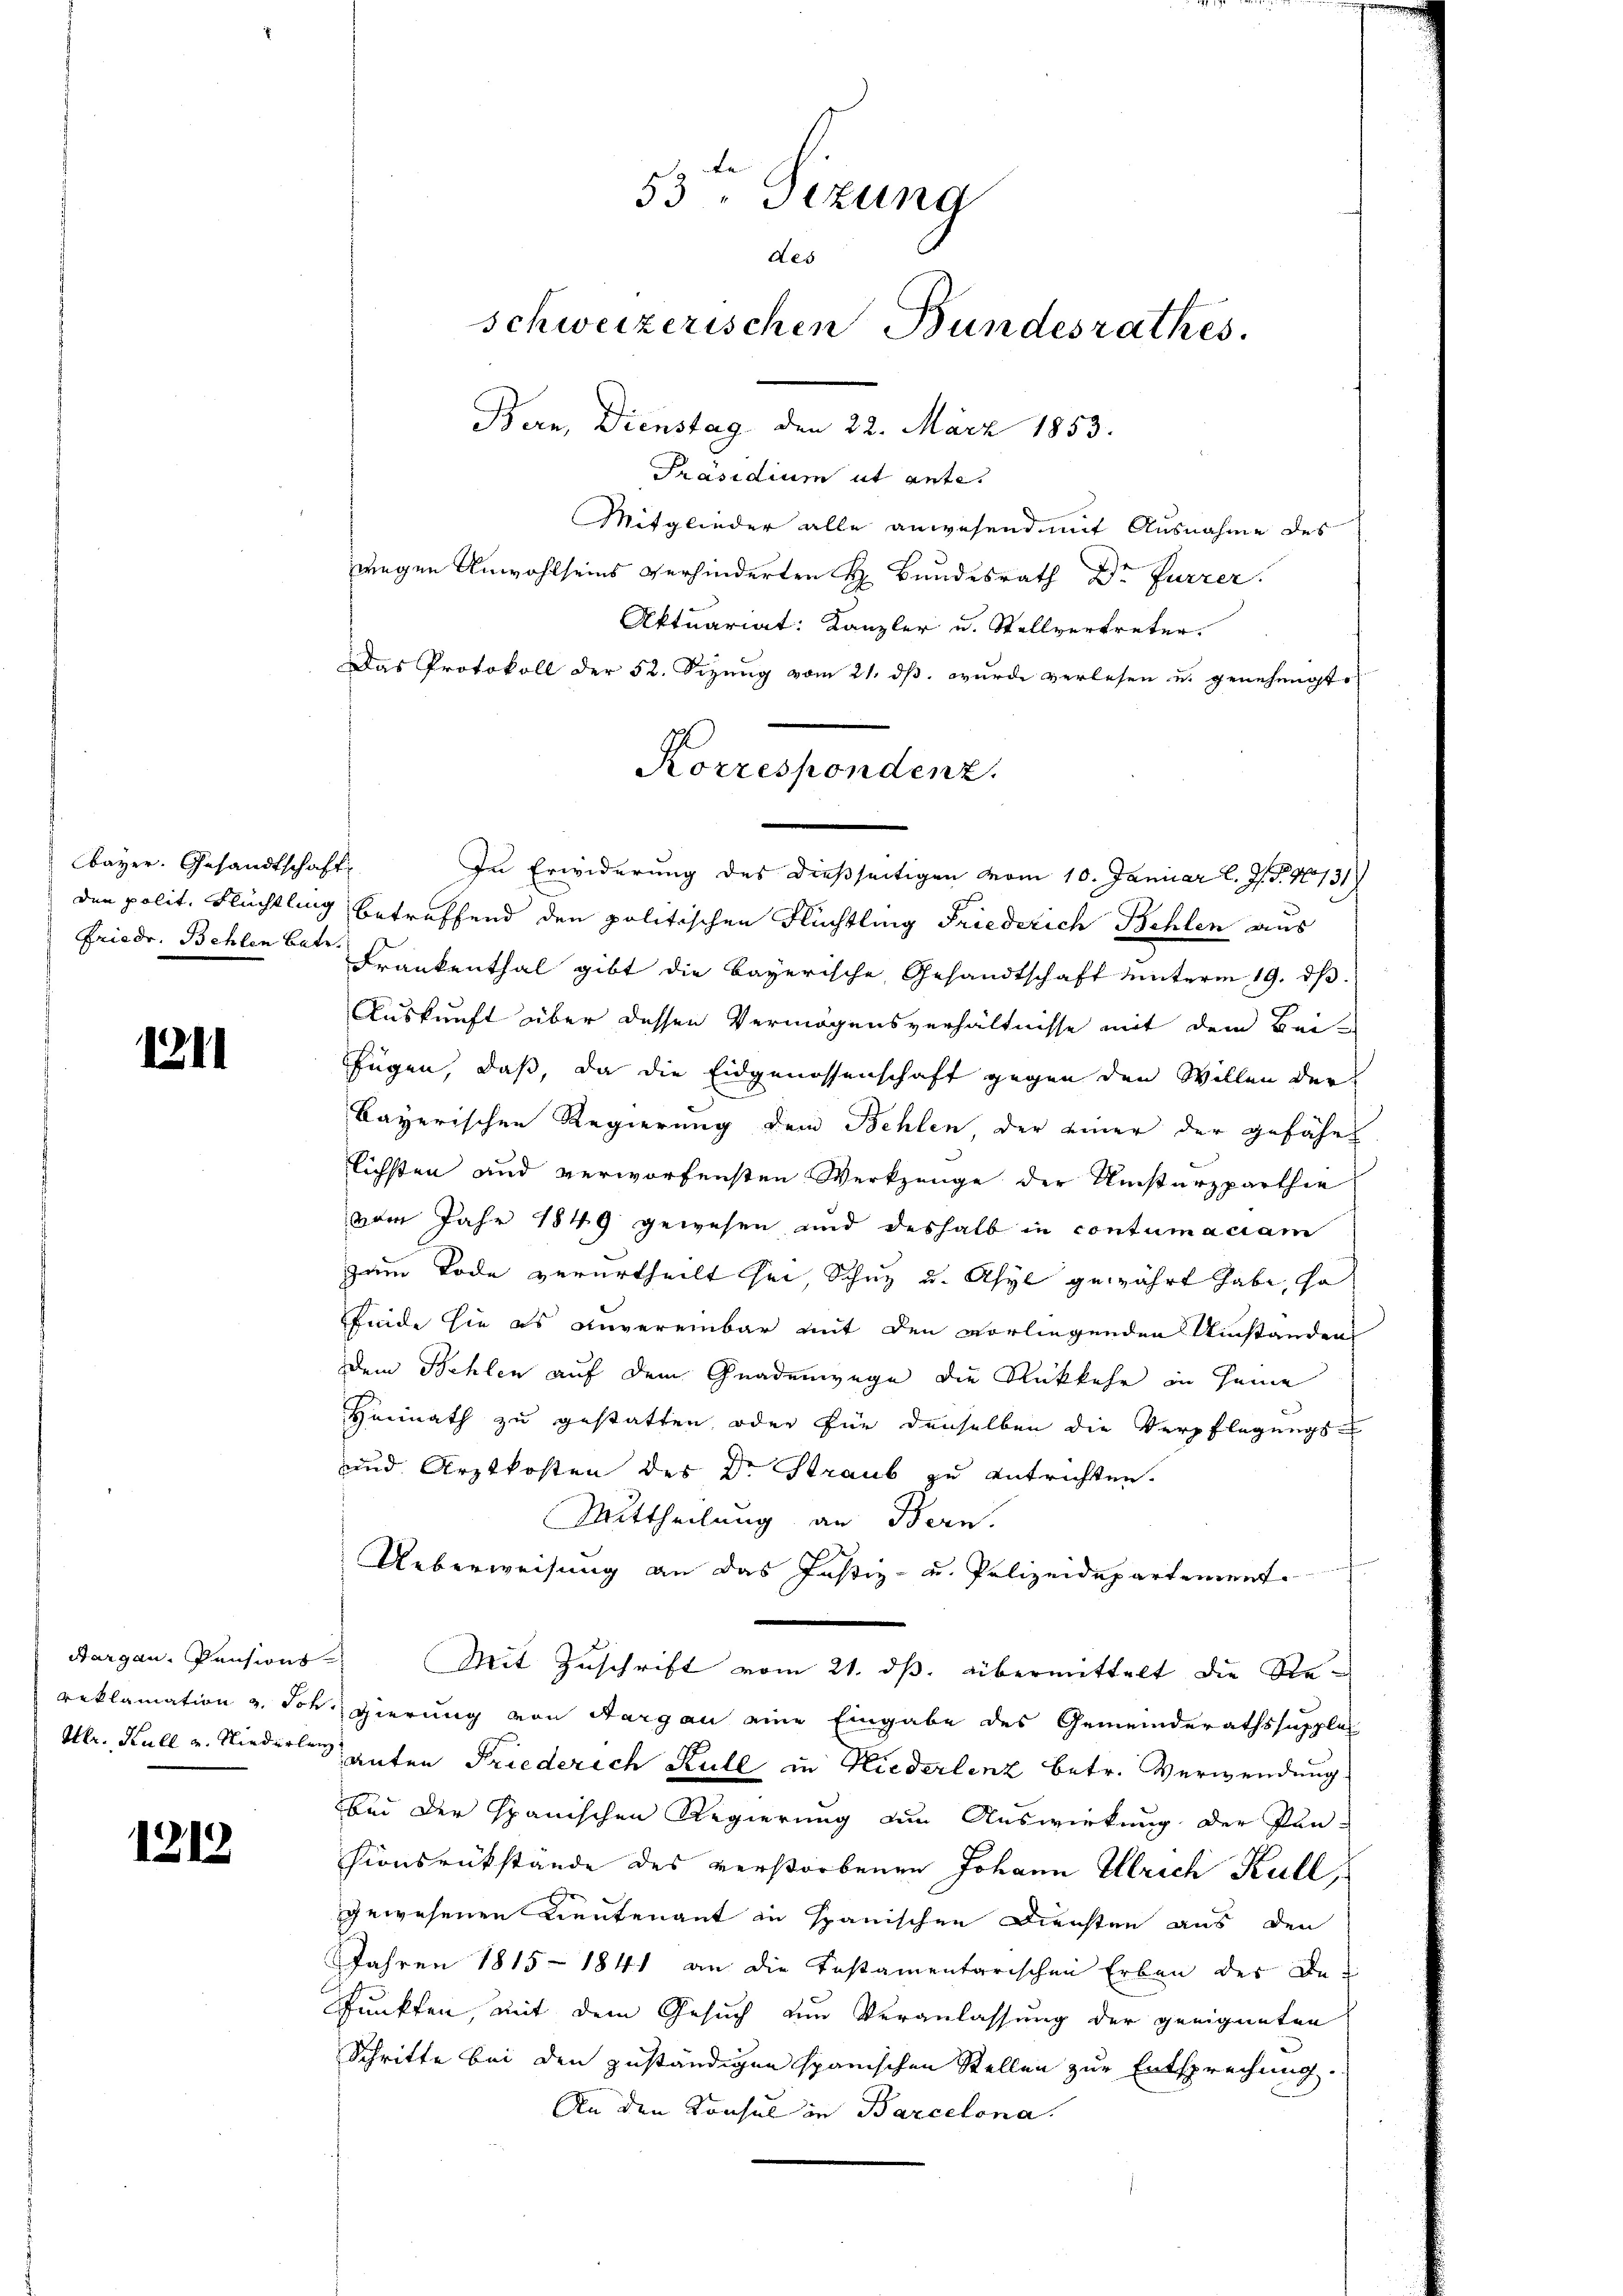
bayer. Gesandtschaft
Friedr. Behlen Betr.

1211

1212

Präsidium ut ante.
Mitglieder alle anwesend mit Ausnahme des
wegen Anwohlseins verhinderten H. Bundesrath Dr Furrer
Aktuariat: Kanzler u. Stellvertreter.
Das Protokoll der 52. Sizung vom 21. ds. wurde verlesen u. genehmigte
In Erwiderung des dießseitigen vom 10. Januar l. J. 10731)
den polit. Flüchtlag betreffend den politischen Flüchtling Friederich Behlen aus
Frankenthal gibt die bayerische Gesandtschaft unterm 19. dβ.
Auskunft über dessen Vermögensverhältnisse mit dem Bei-
fügen, daß, da die Eidgenossenschaft gegen den Willen der
bayerischen Regierung dem Behlen, der einer der gefähr
lichsten und verworfensten Werkzeuge der Umsturzparthie
vom Jahr 1849 gewesen und deshalb in contumaciam
zum Tode verurtheilt sei, Schur u. Asyl gewährt habe, so
finde sie es anvereinbar mit den vorliegenden Umstanden
Dem Behlen auf dem Gnadenwege die Rückkehr in seine
Heimath zu gestatten, oder für denselben die Verpflegungs-
und Arztkosten des Dr. Straub zu entrichten.
Mittheilung an Bern.
Ueberweisung an das Justiz- u. Polizeidepartement
Aargau, Pensions Mit Zuschrift vom 21. ds. übermittelt die Rereklamation v. Joh. gierung von Aargau eine Eingabe des Gemeinderathssupples
Hlr. Hull u. Niederlang guten Friederich Kull in Niederlenz betr. Verwendung
bei der Spanischen Regierung ein Auswirkung der Pan-
hionsrükstände des verstorbenen Johann Ulrich Kull
gewesenen Leutenant in spanischen Diensten aus den
Jahren 1815 - 1841 an die Testamentarischen Erben der De-
Punkten, mit dem Gesuch zum Veranlassung der geeigneten
Schritte bei den zuständigen spanischen Stellen zur Entsprechung
An den Konsul in Barcelona.

53 "Sizung
des
schweizerischen Bundesrathes.
Bern, Dienstag, den 22. März 1853.

Korrespondenz.